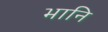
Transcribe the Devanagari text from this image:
भानि